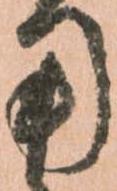
用